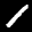
Label: 1